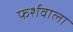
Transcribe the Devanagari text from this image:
फर्शवाला